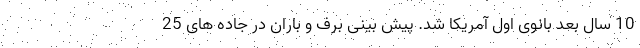
10 سال بعد بانوی اول آمریکا شد. پیش بینی برف و باران در جاده های 25